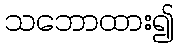
သဘောထား၍